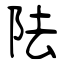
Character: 阹